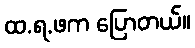
ထ.ရ.ဖက ပြောတယ်။